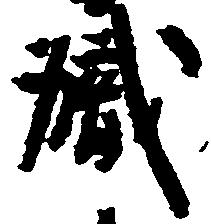
職